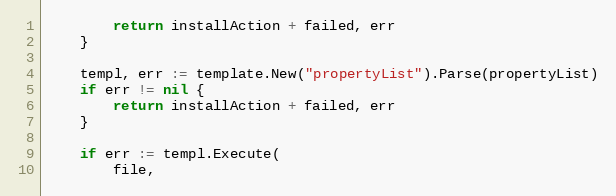
Language: Go
		return installAction + failed, err
	}

	templ, err := template.New("propertyList").Parse(propertyList)
	if err != nil {
		return installAction + failed, err
	}

	if err := templ.Execute(
		file,